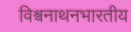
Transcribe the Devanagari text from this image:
विश्वनाथनभारतीय